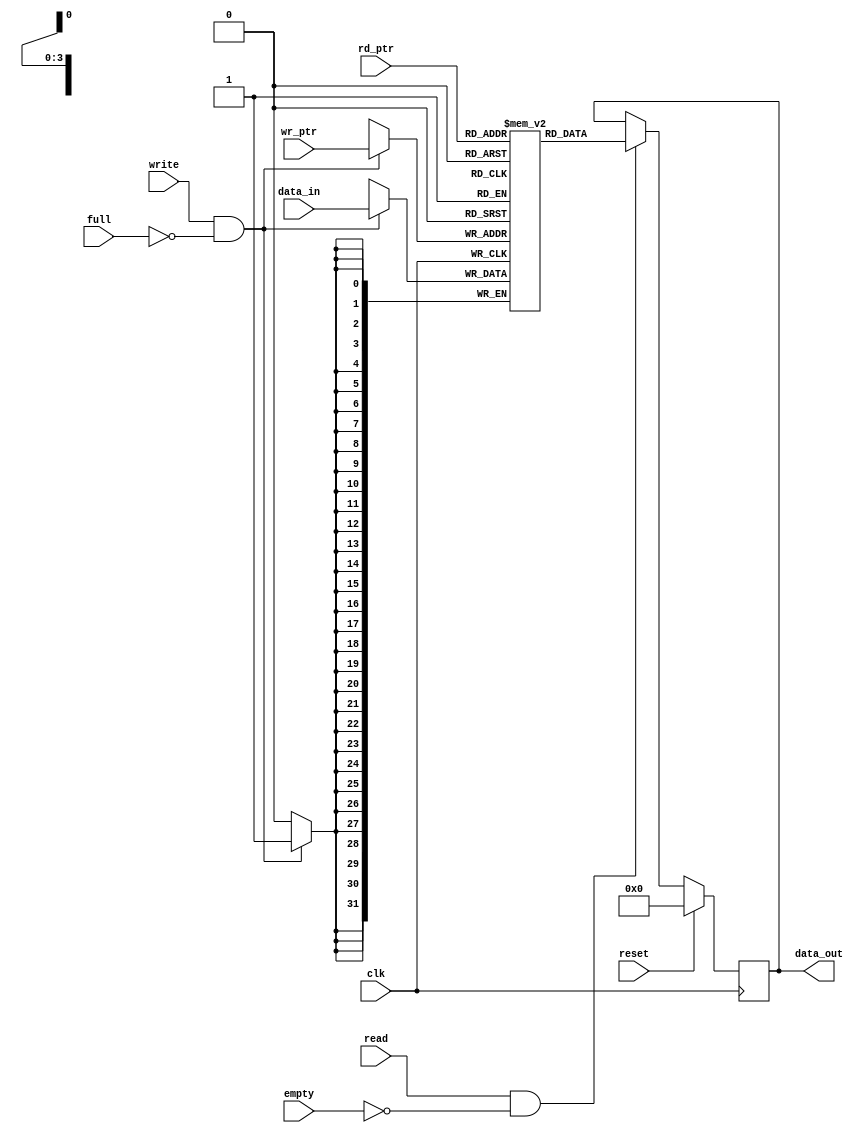
///////////////////////////////////////////////////////////////////////////
// Company:
//
// Design Name: RAM
// Module Name: ram.v
// Project Name: FIFO
// Target Device:
// Tool Versions: 2019.2
// Description: Synchronous, Depth=8 Synthesizable, freq= 350MHz, RAM-based, not register-based
//
// Dependencies:
//
// Revision:
// Revision 0.01 - File Created
// Additional Comments:
//
/////////////////////////////////////////////////////////////////////////
module fifo_ram(
    //input
    clk,
    reset,
    write, 
    read, 
    full, 
    empty,
    wr_ptr, 
    rd_ptr,
    data_in,
    //output
    data_out
);
/////////////////////////////////////////////////////////////////////////
// Parameter
parameter DATA_WIDTH    = 32;
parameter DATA_DEPTH    = 13;
parameter POINTER_WIDTH = 4;

/////////////////////////////////////////////////////////////////////////
// Input
input                     clk    ;
input                     reset  ;
input                     write  ;
input                     read   ;
input                     full   ;
input                     empty  ;
input [POINTER_WIDTH-1:0] wr_ptr ;
input [POINTER_WIDTH-1:0] rd_ptr ;
input [   DATA_WIDTH-1:0] data_in;

/////////////////////////////////////////////////////////////////////////
// Output
output [DATA_WIDTH-1:0] data_out ;

/////////////////////////////////////////////////////////////////////////
// Logic
wire                     clk    ;
wire                     reset  ;
wire                     write  ;
wire                     read   ;
wire                     full   ;
wire                     empty  ;
wire [POINTER_WIDTH-1:0] wr_ptr ;
wire [POINTER_WIDTH-1:0] rd_ptr ;
wire [   DATA_WIDTH-1:0] data_in;

reg [DATA_WIDTH-1:0] data_out;

reg [DATA_WIDTH-1:0] mem[DATA_DEPTH-1:0];

always @(posedge clk) begin
    if(write && !full)begin
        mem[wr_ptr] <= data_in;
    end
end

always @(posedge clk) begin
    if(reset)begin
        data_out <= {DATA_WIDTH{1'b0}};
    end
    else if(read && !empty)begin
        data_out <= mem[rd_ptr];
    end
end

// assign data_out = (read && !empty) ? mem[rd_ptr]:data_out;

endmodule